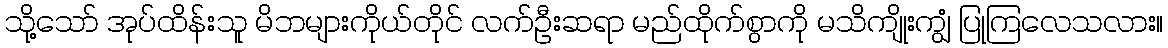
သို့သော် အုပ်ထိန်းသူ မိဘများကိုယ်တိုင် လက်ဦးဆရာ မည်ထိုက်စွာကို မသိကျိုးကျွံ ပြုကြလေသလား။